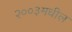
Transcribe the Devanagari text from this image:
२००३मधील